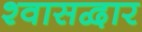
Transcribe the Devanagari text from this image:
श्वासद्वार